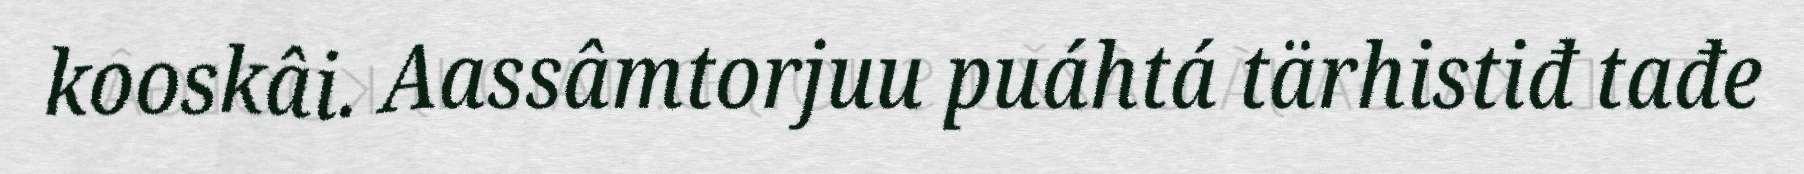
kooskâi. Aassâmtorjuu puáhtá tärhistiđ tađe